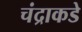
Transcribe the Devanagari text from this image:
चंद्राकडे